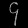
Digit: ၄